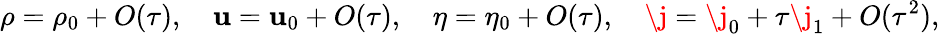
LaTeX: \rho=\rho_{0}+O(\tau),\quad\mathbf{u}=\mathbf{u}_{0}+O(\tau),\quad\eta=\eta_{0}+O(\tau),\quad\j=\j_{0}+\tau\j_{1}+O(\tau^{2}),